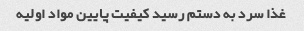
غذا سرد به دستم رسید کیفیت پایین مواد اولیه